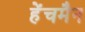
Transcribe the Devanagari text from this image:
हेंचमैन